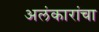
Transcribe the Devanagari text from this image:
अलंकारांचा